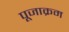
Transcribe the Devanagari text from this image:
पूजाक्रम